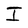
Character: I